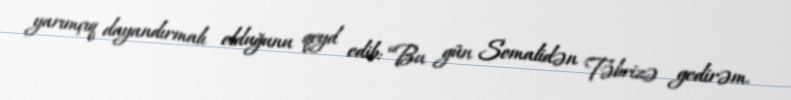
yarımçıq dayandırmalı olduğunu qeyd edib: “Bu gün Somalidən Təbrizə gedirəm.